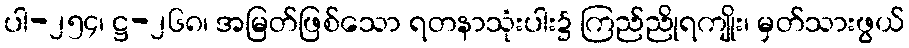
ပါ-၂၅၄၊ ဋ္ဌ-၂၆၈၊ အမြတ်ဖြစ်သော ရတနာသုံးပါး၌ ကြည်ညိုရကျိုး၊ မှတ်သားဖွယ်